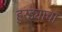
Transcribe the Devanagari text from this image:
हुरड्याचा